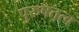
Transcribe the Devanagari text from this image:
पुरुषतत्व